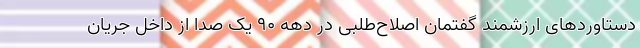
دستاوردهای ارزشمند گفتمان اصلاح‌طلبی در دهه ۹۰ یک صدا از داخل جریان